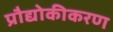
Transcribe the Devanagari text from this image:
प्रौद्योकीकरण